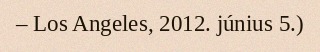
– Los Angeles, 2012. június 5.)